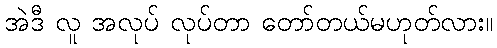
အဲဒီ လူ အလုပ် လုပ်တာ တော်တယ်မဟုတ်လား။